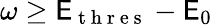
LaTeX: \omega\geq\mathsf{E}_{\mathrm{{~t~h~r~e~s~}}}-\mathsf{E}_{0}